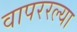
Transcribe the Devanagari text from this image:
वापररल्या